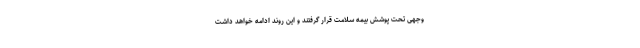
وجهی تحت پوشش بیمه سلامت قرار گرفتند و این روند ادامه خواهد داشت